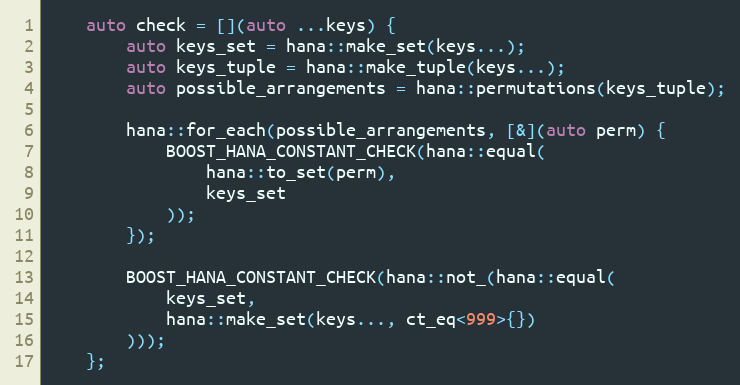
Language: C++
    auto check = [](auto ...keys) {
        auto keys_set = hana::make_set(keys...);
        auto keys_tuple = hana::make_tuple(keys...);
        auto possible_arrangements = hana::permutations(keys_tuple);

        hana::for_each(possible_arrangements, [&](auto perm) {
            BOOST_HANA_CONSTANT_CHECK(hana::equal(
                hana::to_set(perm),
                keys_set
            ));
        });

        BOOST_HANA_CONSTANT_CHECK(hana::not_(hana::equal(
            keys_set,
            hana::make_set(keys..., ct_eq<999>{})
        )));
    };